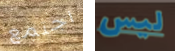
اجتمع ليس